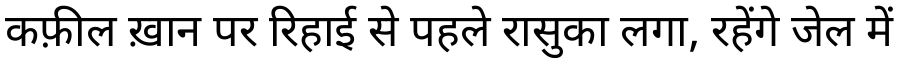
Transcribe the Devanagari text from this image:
कफ़ील ख़ान पर रिहाई से पहले रासुका लगा, रहेंगे जेल में